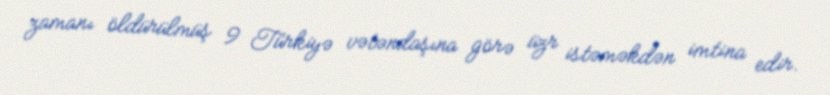
zamanı öldürülmüş 9 Türkiyə vətəndaşına görə üzr istəməkdən imtina edir.